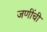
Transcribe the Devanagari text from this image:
जणींची